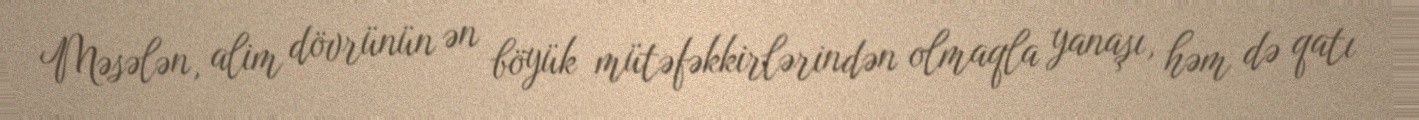
Məsələn, alim dövrünün ən böyük mütəfəkkirlərindən olmaqla yanaşı, həm də qatı